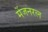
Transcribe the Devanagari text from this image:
मेंजनरल